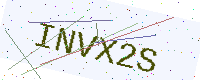
Text: INVX2S